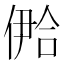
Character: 鿘